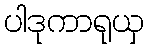
ပါဒုကာရုယှ